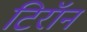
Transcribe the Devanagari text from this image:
टिरॉन